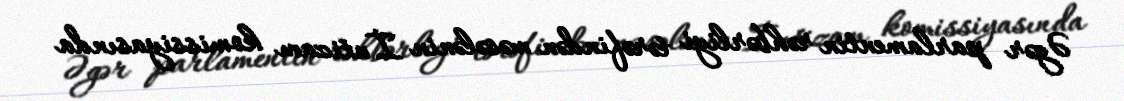
Əgər parlamentin rəhbərliyi tərəfindən məsələnin İntizam komissiyasında